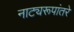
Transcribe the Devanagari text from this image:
नाट्यरूपांतरे